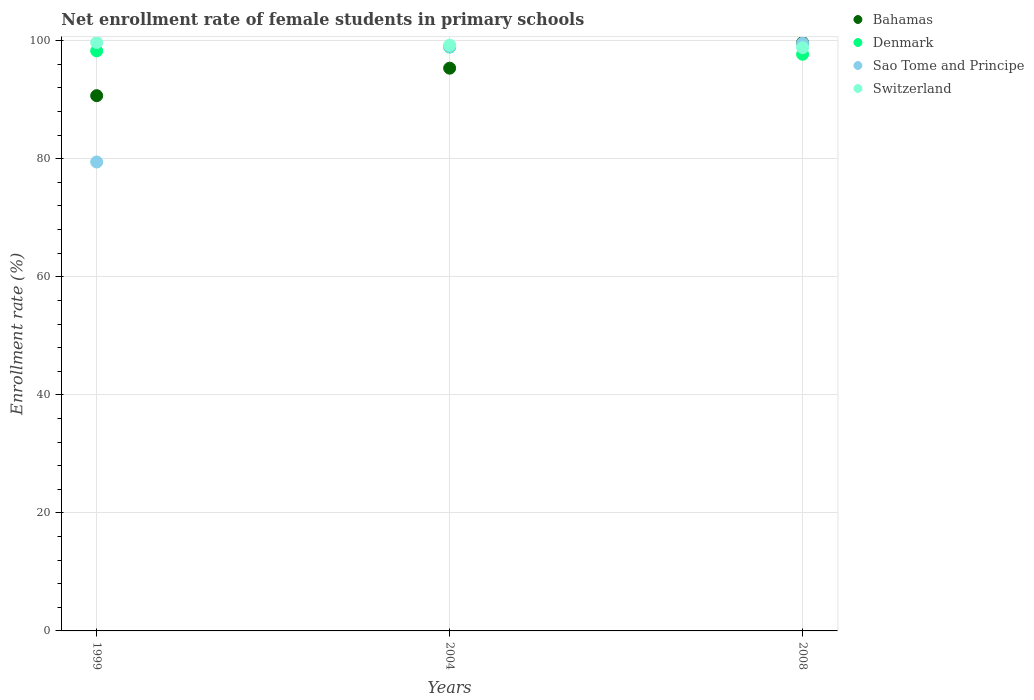
| Years | Bahamas | Denmark | Sao Tome and Principe | Switzerland |
 | --- | --- | --- | --- | --- |
 | 1999 | 90.7 | 98.3 | 79.5 | 99.7 |
 | 2004 | 95.4 | 98.9 | 99 | 99.2 |
 | 2008 | 99.7 | 97.7 | 99.6 | 98.8 |